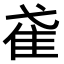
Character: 𨾍